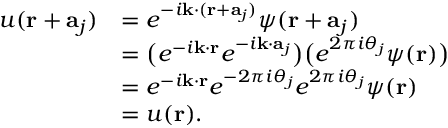
{ \begin{array} { r l } { u ( \mathbf { r } + \mathbf { a } _ { j } ) } & { = e ^ { - i \mathbf { k } \cdot ( \mathbf { r } + \mathbf { a } _ { j } ) } \psi ( \mathbf { r } + \mathbf { a } _ { j } ) } \\ & { = { \big ( } e ^ { - i \mathbf { k } \cdot \mathbf { r } } e ^ { - i \mathbf { k } \cdot \mathbf { a } _ { j } } { \big ) } { \big ( } e ^ { 2 \pi i \theta _ { j } } \psi ( \mathbf { r } ) { \big ) } } \\ & { = e ^ { - i \mathbf { k } \cdot \mathbf { r } } e ^ { - 2 \pi i \theta _ { j } } e ^ { 2 \pi i \theta _ { j } } \psi ( \mathbf { r } ) } \\ & { = u ( \mathbf { r } ) . } \end{array} }